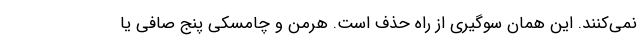
نمی‌کنند. این همان سوگیری از راه حذف است. هرمن و چامسکی پنج صافی یا